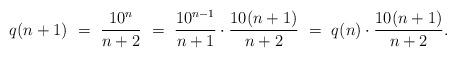
LaTeX: \begin{align*} q(n+1) \ =\ \frac{10^n}{n+2} \ =\ \frac{10^{n-1}}{n+1}\cdot \frac{10(n+1)}{n+2} \ =\ q(n)\cdot \frac{10(n+1)}{n+2}. \end{align*}